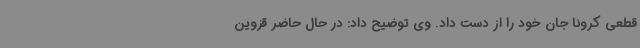
قطعی کرونا جان خود را از دست داد. وی توضیح داد: در حال حاضر قزوین